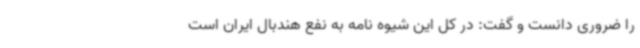
را ضروری دانست و گفت: در کل این شیوه نامه به نفع هندبال ایران است